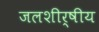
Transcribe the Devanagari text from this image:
जलशीर्षीय